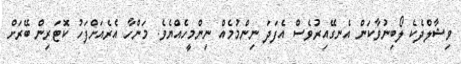
ވިޝާލްދެކެ ލޯބިނުވާކަން އެނގޭއިރުވެސް އެފަދަ ނިންމުމެއް ނިންމީހެއްޔެވެ. މަންހާ އެރެއަށްފަހު ކޮޓަރިން ބޭރަށް